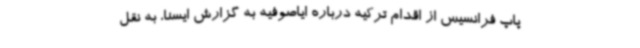
پاپ فرانسیس از اقدام ترکیه درباره ایاصوفیه به گزارش ایسنا، به نقل